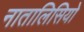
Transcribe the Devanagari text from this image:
नातालिसियो